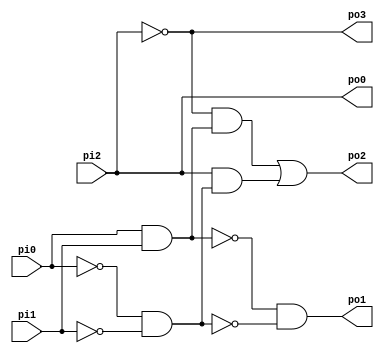
module b1 (pi0, pi1, pi2, po0, po1, po2, po3);
  input  pi0, pi1, pi2;
  output po0, po1, po2, po3;
  wire n8, n9, n11, n12;
  assign n8 = pi0 & pi1;
  assign n9 = ~pi0 & ~pi1;
  assign po1 = ~n8 & ~n9;
  assign n11 = ~pi2 & n8;
  assign n12 = pi2 & n9;
  assign po2 = n11 | n12;
  assign po3 = ~pi2;
  assign po0 = pi2;
endmodule